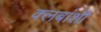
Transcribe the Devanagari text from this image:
क्लबांशी